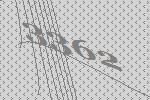
3362